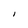
Character: I